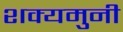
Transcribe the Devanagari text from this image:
शक्यमुनी